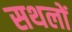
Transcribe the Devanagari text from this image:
सथलों